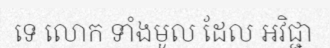
ទេ លោក ទាំងមូល ដែល អវិជ្ជា